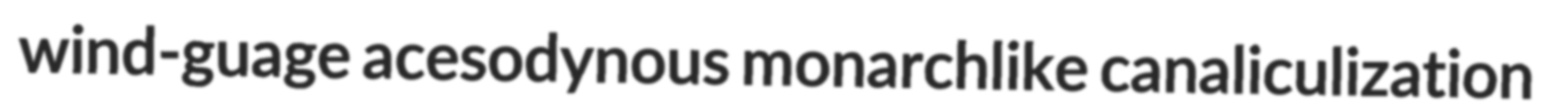
wind-guage acesodynous monarchlike canaliculization